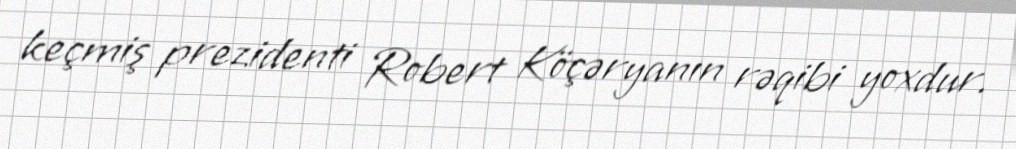
keçmiş prezidenti Robert Köçəryanın rəqibi yoxdur.